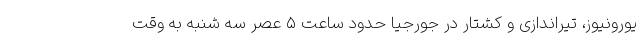
یورونیوز، تیراندازی و کشتار در جورجیا حدود ساعت ۵ عصر سه شنبه به وقت